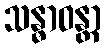
သန္ဓာဝန္တာ